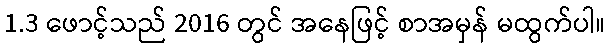
1.3 ဖောင့်သည် 2016 တွင် အနေဖြင့် စာအမှန် မထွက်ပါ။